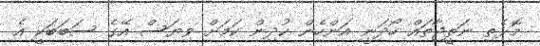
މޮޅެތި ނަތީޖާތައް ހޯދަނީ އަންހެން ކުދިން ކަމަށް ވިޔަސް އޭގެ ސަބަބަކީ އެ